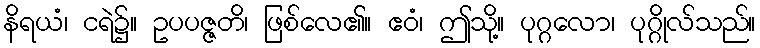
နိရယံ၊ ငရဲ၌။ ဥပပဇ္ဇတိ၊ ဖြစ်လေ၏။ ဧဝံ၊ ဤသို့။ ပုဂ္ဂလော၊ ပုဂ္ဂိုလ်သည်။